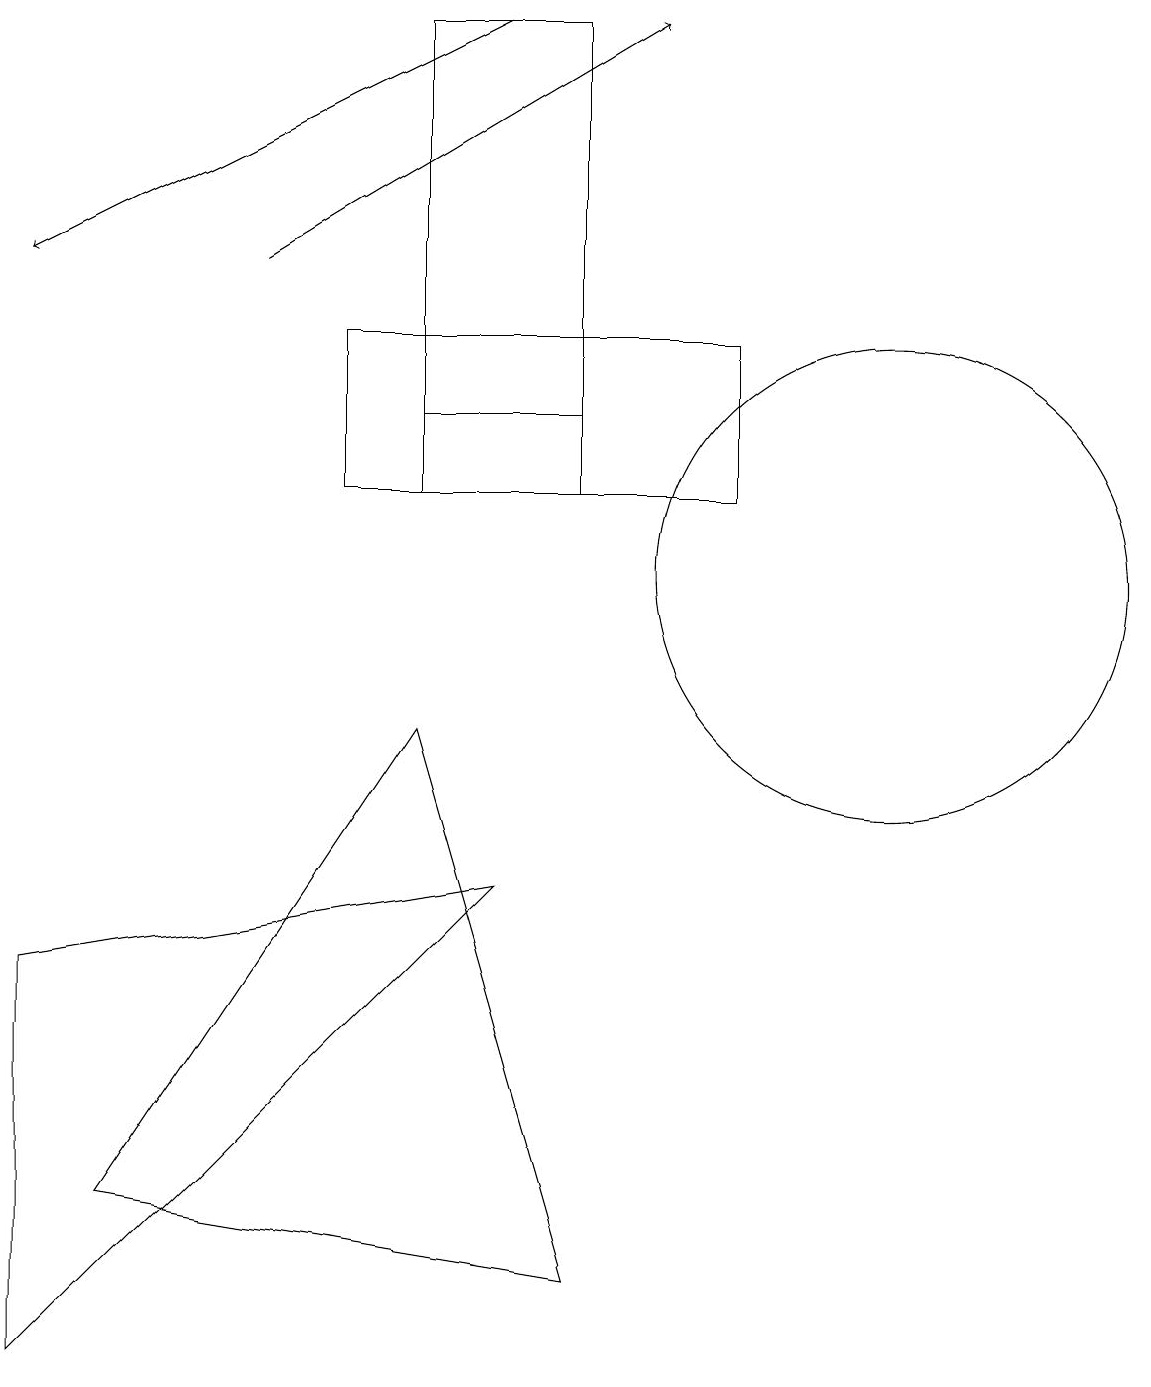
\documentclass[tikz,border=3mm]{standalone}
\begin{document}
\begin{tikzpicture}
\draw (7,14) rectangle (4,12);
\draw (1,3) -- (5,9) -- (7,2) -- cycle;
\draw (7,18) rectangle (5,13);
\draw (11,11) circle (3);
\draw[->] (3,15) -- (8,18);
\draw (9,14) rectangle (5,12);
\draw (0,6) -- (0,1) -- (6,7) -- cycle;
\draw[->] (6,18) -- (0,15);
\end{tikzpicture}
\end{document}